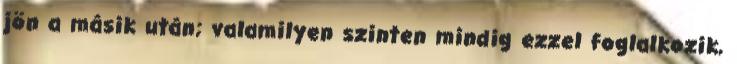
jön a másik után; valamilyen szinten mindig ezzel foglalkozik,